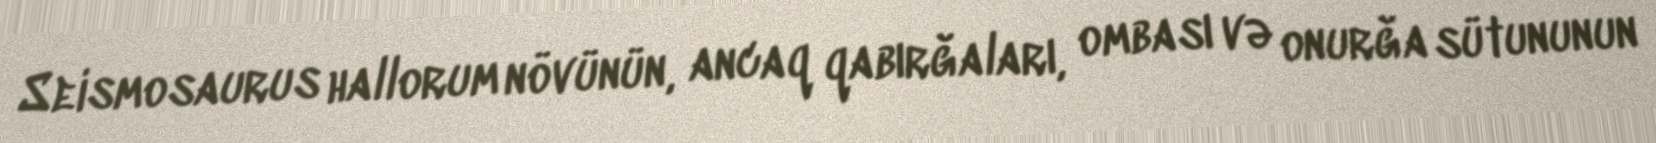
Seismosaurus hallorum növünün, ancaq qabırğaları, ombası və onurğa sütununun